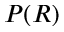
P ( R )